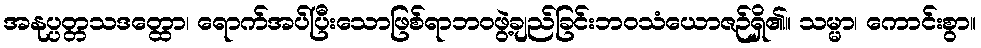
အနုပ္ပတ္တသဒတ္ထော၊ ရောက်အပ်ပြီးသောဖြစ်ရာဘဝဖွဲ့ချည်ခြင်းဘဝသံယောဇဉ်ရှိ၏။ သမ္မာ၊ ကောင်းစွာ။